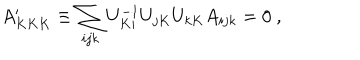
A _ { K K K } ^ { \prime } \equiv \sum _ { i j k } U _ { K i } ^ { - 1 } U _ { j K } U _ { k K } A _ { i j k } = 0 \ ,